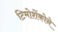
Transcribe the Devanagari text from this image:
टिमोशेंकोने